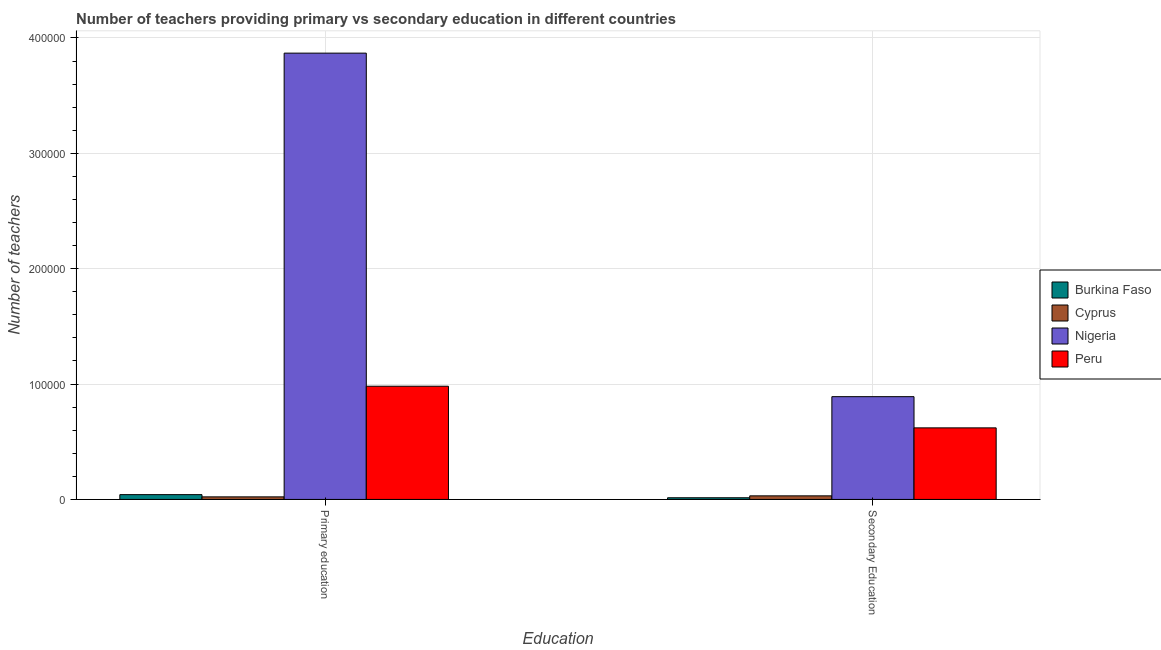
| Education | Burkina Faso | Cyprus | Nigeria | Peru |
 | --- | --- | --- | --- | --- |
 | Primary education | 4.15e+03 | 2.22e+03 | 3.87e+05 | 9.81e+04 |
 | Secondary Education | 1.45e+03 | 3.09e+03 | 8.91e+04 | 6.2e+04 |